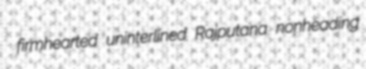
firmhearted uninterlined Rajputana nonheading